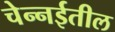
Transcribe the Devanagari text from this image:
चेन्‍नईतील